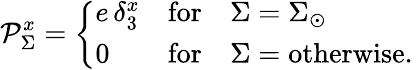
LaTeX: \mathcal{P}_{\Sigma}^{x}=\left\{ \begin{array}{lcl}{{e\, \delta_{3}^{x}}}&{{\mathrm{for}}}&{{\Sigma=\Sigma_{\odot}}}\\ {{0}}&{{\mathrm{for}}}&{{\Sigma=\mathrm{otherwise.}\ }}\end{array}\right.